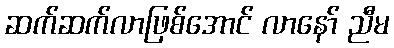
ဆက်ဆက်လာဖြစ်အောင် လာနော် ညီမ